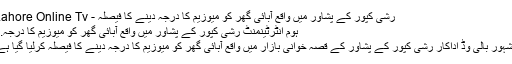
رشی کپور کے پشاور میں واقع آبائی گھر کو میوزیم کا درجہ دینے کا فیصلہ - Lahore Online Tv
ہوم انٹرٹینمنٹ رشی کپور کے پشاور میں واقع آبائی گھر کو میوزیم کا درجہ...
مشہور بالی وڈ اداکار رشی کپور کے پشاور کے قصہ خوانی بازار میں واقع آبائی گھر کو میوزیم کا درجہ دینے کا فیصلہ کرلیا گیا ہے۔